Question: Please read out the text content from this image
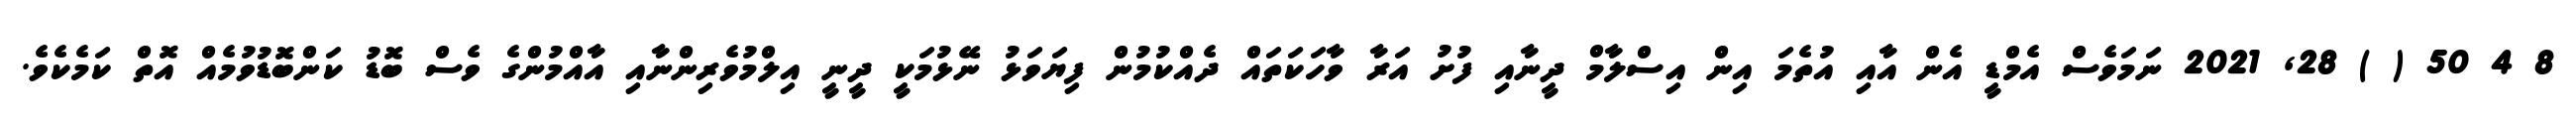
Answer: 8 4 50 ( ) 28, 2021 ނަމަވެސް އެމްޑީ އެން އާއި އުތެމަ އިން އިސްލާމް ދީނާއި ފުށު އަރާ ވާހަކަތައް ދެއްކުމުން ފިޔަވަޅު ނޭޅުމަކީ ދީނީ އިލްމުވެރިންނާއި އާއްމުންގެ ވެސް ބޮޑު ކަންބޮޑުވުމެއް އޮތް ކަމެކެވެ.